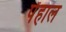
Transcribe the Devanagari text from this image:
पेंहाल